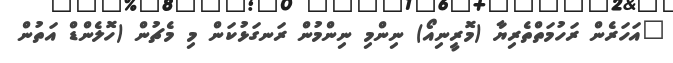
"އަހަރެން ރަހުމަތްތެރިޔާ (މޮރީނިއޯ) ނިންމި ނިންމުން ރަނގަޅުކަން މި މެޗުން (ހޮލެންޑް އަތުން